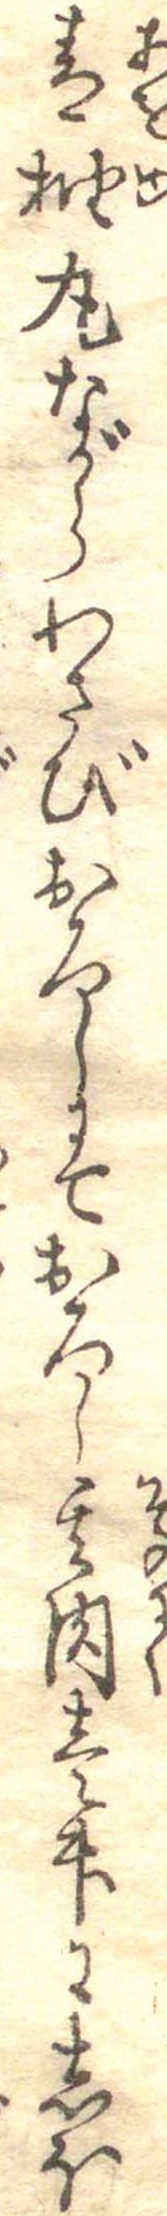
青柚丸ながらわさびおろしにておろし其肉壱升にしほ